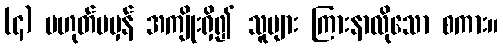
(၄) မဟုတ်မမှန် အကျိုးရှိ၍ သူများ ကြားနာလိုသော စကား။